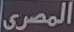
المصرى